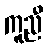
ကူညီ